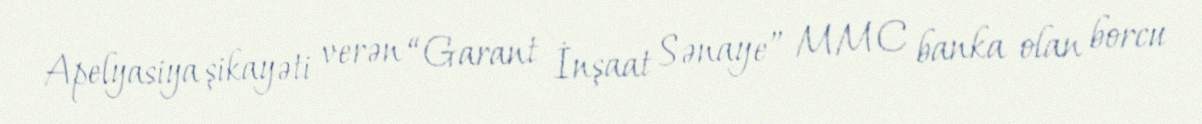
Apelyasiya şikayəti verən “Garant İnşaat Sənaye” MMC banka olan borcu